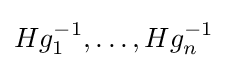
Hg_{1}^{-1},\ldots ,Hg_{n}^{-1}